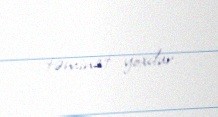
təminat yoxdur.